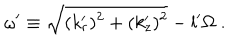
\omega ^ { \prime } \equiv \sqrt { ( k _ { r } ^ { \prime } ) ^ { 2 } + ( k _ { z } ^ { \prime } ) ^ { 2 } } - l ^ { \prime } \Omega \; .